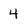
Character: 4